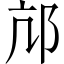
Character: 邟